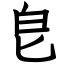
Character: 皀